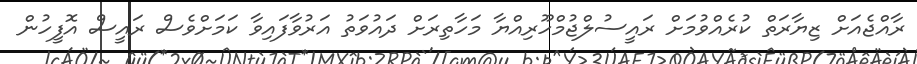
ރާއްޖެއަށް ޒިޔާރަތް ކުރެއްވުމަށް ރައީސުލްޖުމްހޫރިއްޔާ މަހާތިރަށް ދައުވަތު އަރުވާފައިވާ ކަމަށްވެސް ރައީސް އޮފީހުން